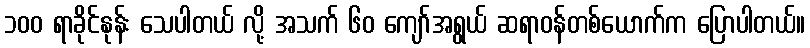
၁၀၀ ရာခိုင်နုန်း သေပါတယ် လို့ အသက် ၆၀ ကျော်အရွယ် ဆရာဝန်တစ်ယောက်က ပြောပါတယ်။